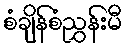
စံချိန်စံညွှန်းမီ